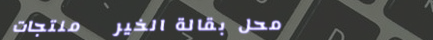
محل بقالة الخير   منتجات